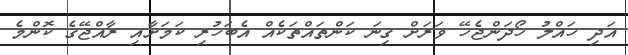
އަދި ހައްލު ހޯދަންޖެހޭ ވަރަށް ގިނަ ކަންތައްތަކެއް އެބަހުރި ކަމަށާއި ރާއްޖޭގެ ކޮންމެ